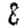
Digit: 8